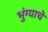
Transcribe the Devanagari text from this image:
भुंग्याचे